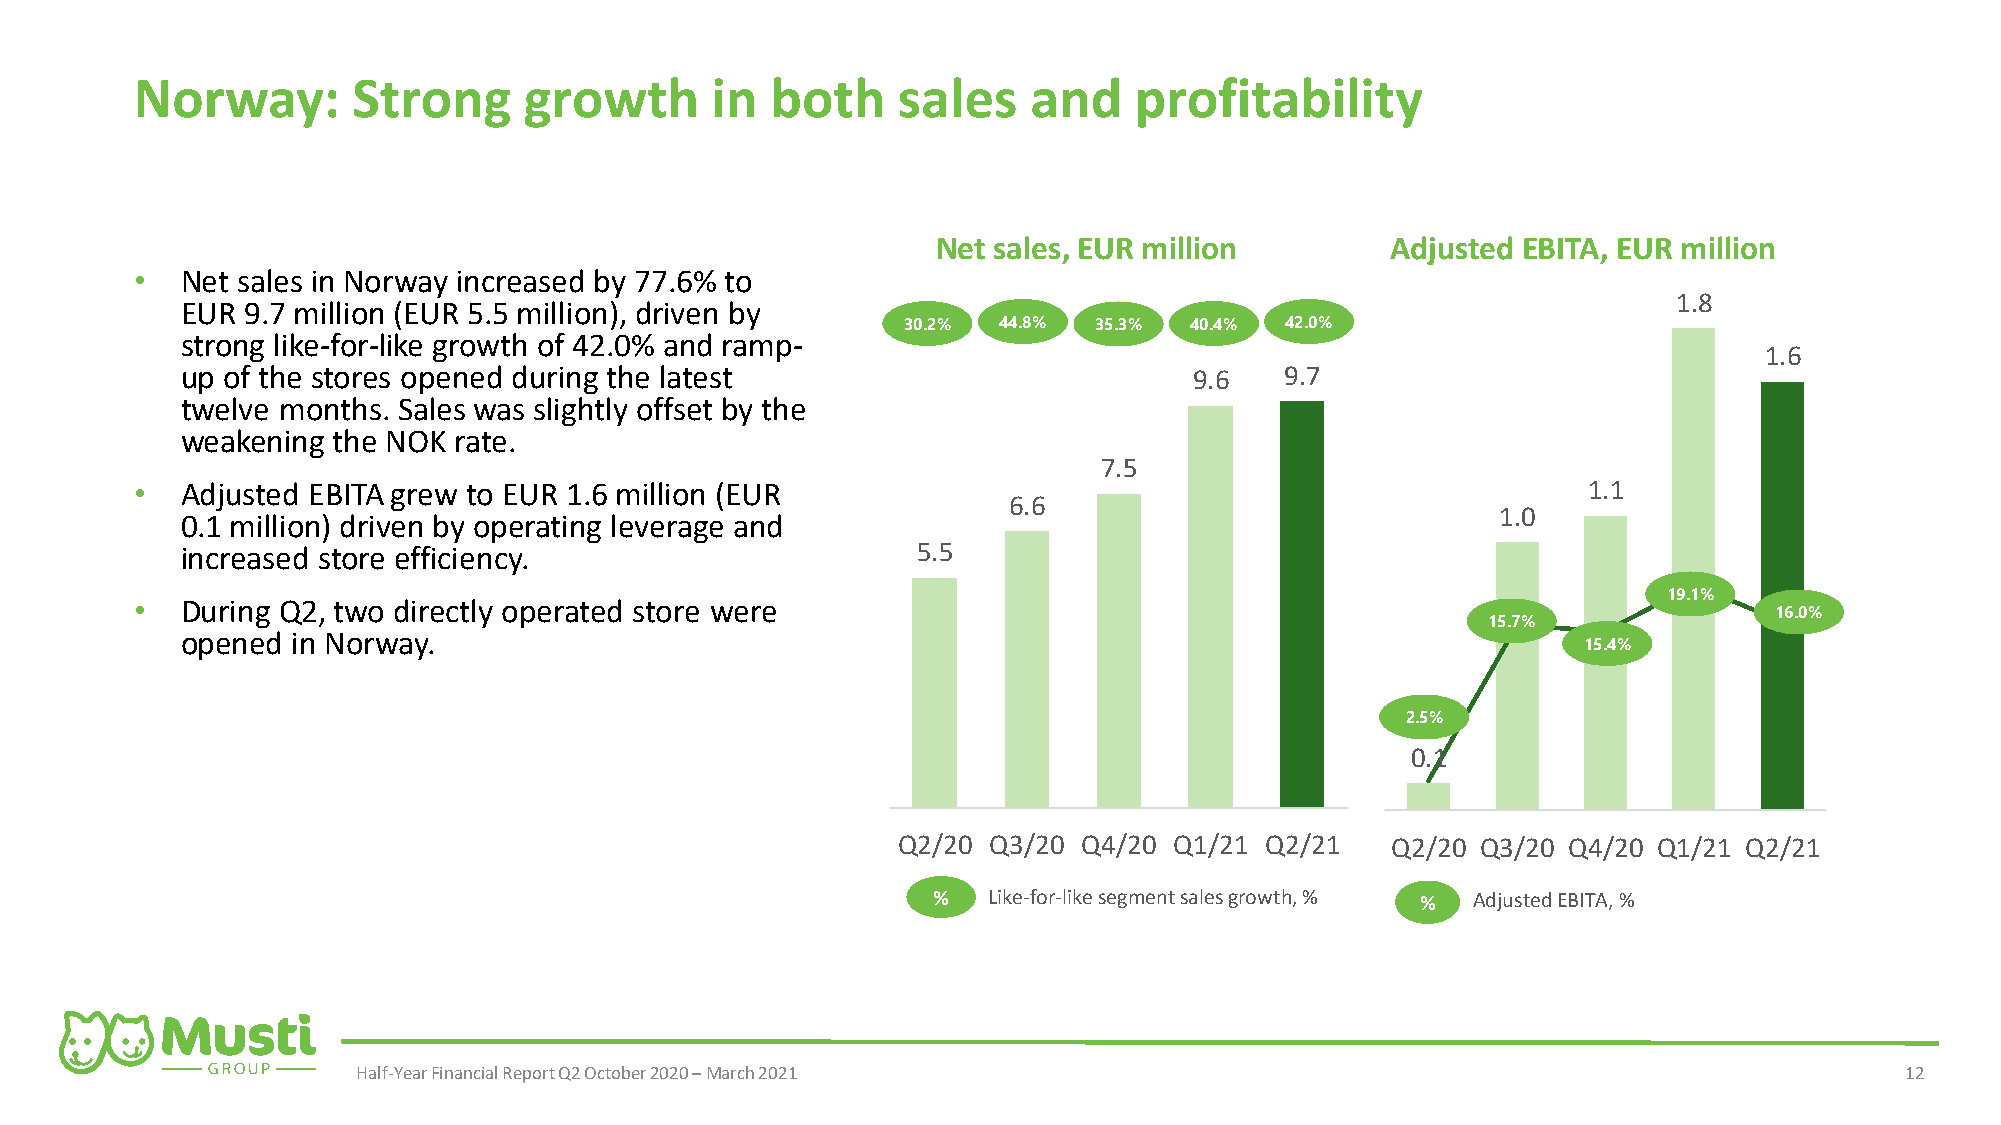
Norway:       Strong      growth      in  both    sales    and    profitability
 Net sales, EUR million        Adjusted EBITA, EUR million
 •  Net sales in Norway increased by 77.6% to                                      2
 1.8
 EUR 9.7 million (EUR 5.5 million), driven by
 30.2% 44.8% 35.3%  40.4% 42.0%
 strong like-for-like growth of 42.0% and ramp-
 1.6
 up of the stores opened during the latest                          9.6   9.7
 10
 twelve months. Sales was slightly offset by the
 1.5
 weakening the NOK rate.
 7.5
 •  Adjusted EBITA grew to EUR 1.6 million (EUR   8                                              1.1
 6.6
 1.0
 0.1 million) driven by operating leverage and
 increased store efficiency.                      5.5                           1
 6
 19.1%
 •  During Q2, two directly operated store were
 16.0%
 15.7%
 opened in Norway.
 4                                              15.4%
 0.5
 2.5%
 2
 0.1
 0                                0
 Q2/20 Q3/20  Q4/20 Q1/21 Q2/21   Q2/20 Q3/20 Q4/20 Q1/21 Q2/21
 %  Like-for-likesegmentsalesgrowth, % % AdjustedEBITA, %
 Half-Year Financial Report Q2 October 2020 –March 2021                                                12